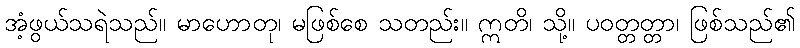
အံ့ဖွယ်သရဲသည်။ မာဟောတု၊ မဖြစ်စေ သတည်း။ ဣတိ၊ သို့။ ပဝတ္တတ္တာ၊ ဖြစ်သည်၏